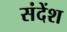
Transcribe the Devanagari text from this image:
संदेंश